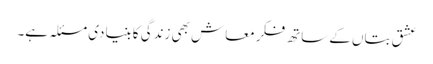
عشق بتاں کے ساتھ فکر معاش بھی زندگی کا بنیادی مسئلہ ہے۔